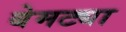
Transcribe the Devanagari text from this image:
बेमट्या